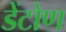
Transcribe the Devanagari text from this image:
डेंटोण